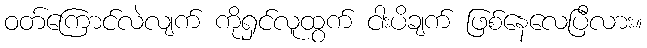
ဝတ်ကြောင်လဲလျက် ကိုရှင်လူထွက် ငါးပိချက် ဖြစ်နေလေပြီလား။